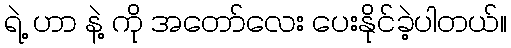
ရဲ့ ဟာ နဲ့ ကို အတော်လေး ပေးနိုင်ခဲ့ပါတယ်။